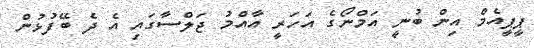
ޕީޕީއެމް އިން ބުނީ އަމްނޯގެ އަހަރީ އާއްމު ޖަލްސާގައި އެ ދެ ބޭފުޅުން